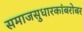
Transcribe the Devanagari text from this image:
समाजसुधारकांबरोबर